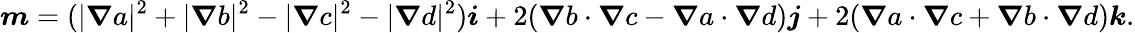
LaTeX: \boldsymbol{m}=(|\boldsymbol{\nabla}a|^{2}+|\boldsymbol{\nabla}b|^{2}-|\boldsymbol{\nabla}c|^{2}-|\boldsymbol{\nabla}d|^{2})\boldsymbol{i}+2(\boldsymbol{\nabla}b\cdot\boldsymbol{\nabla}c-\boldsymbol{\nabla}a\cdot\boldsymbol{\nabla}d)\boldsymbol{j}+2(\boldsymbol{\nabla}a\cdot\boldsymbol{\nabla}c+\boldsymbol{\nabla}b\cdot\boldsymbol{\nabla}d)\boldsymbol{k}.